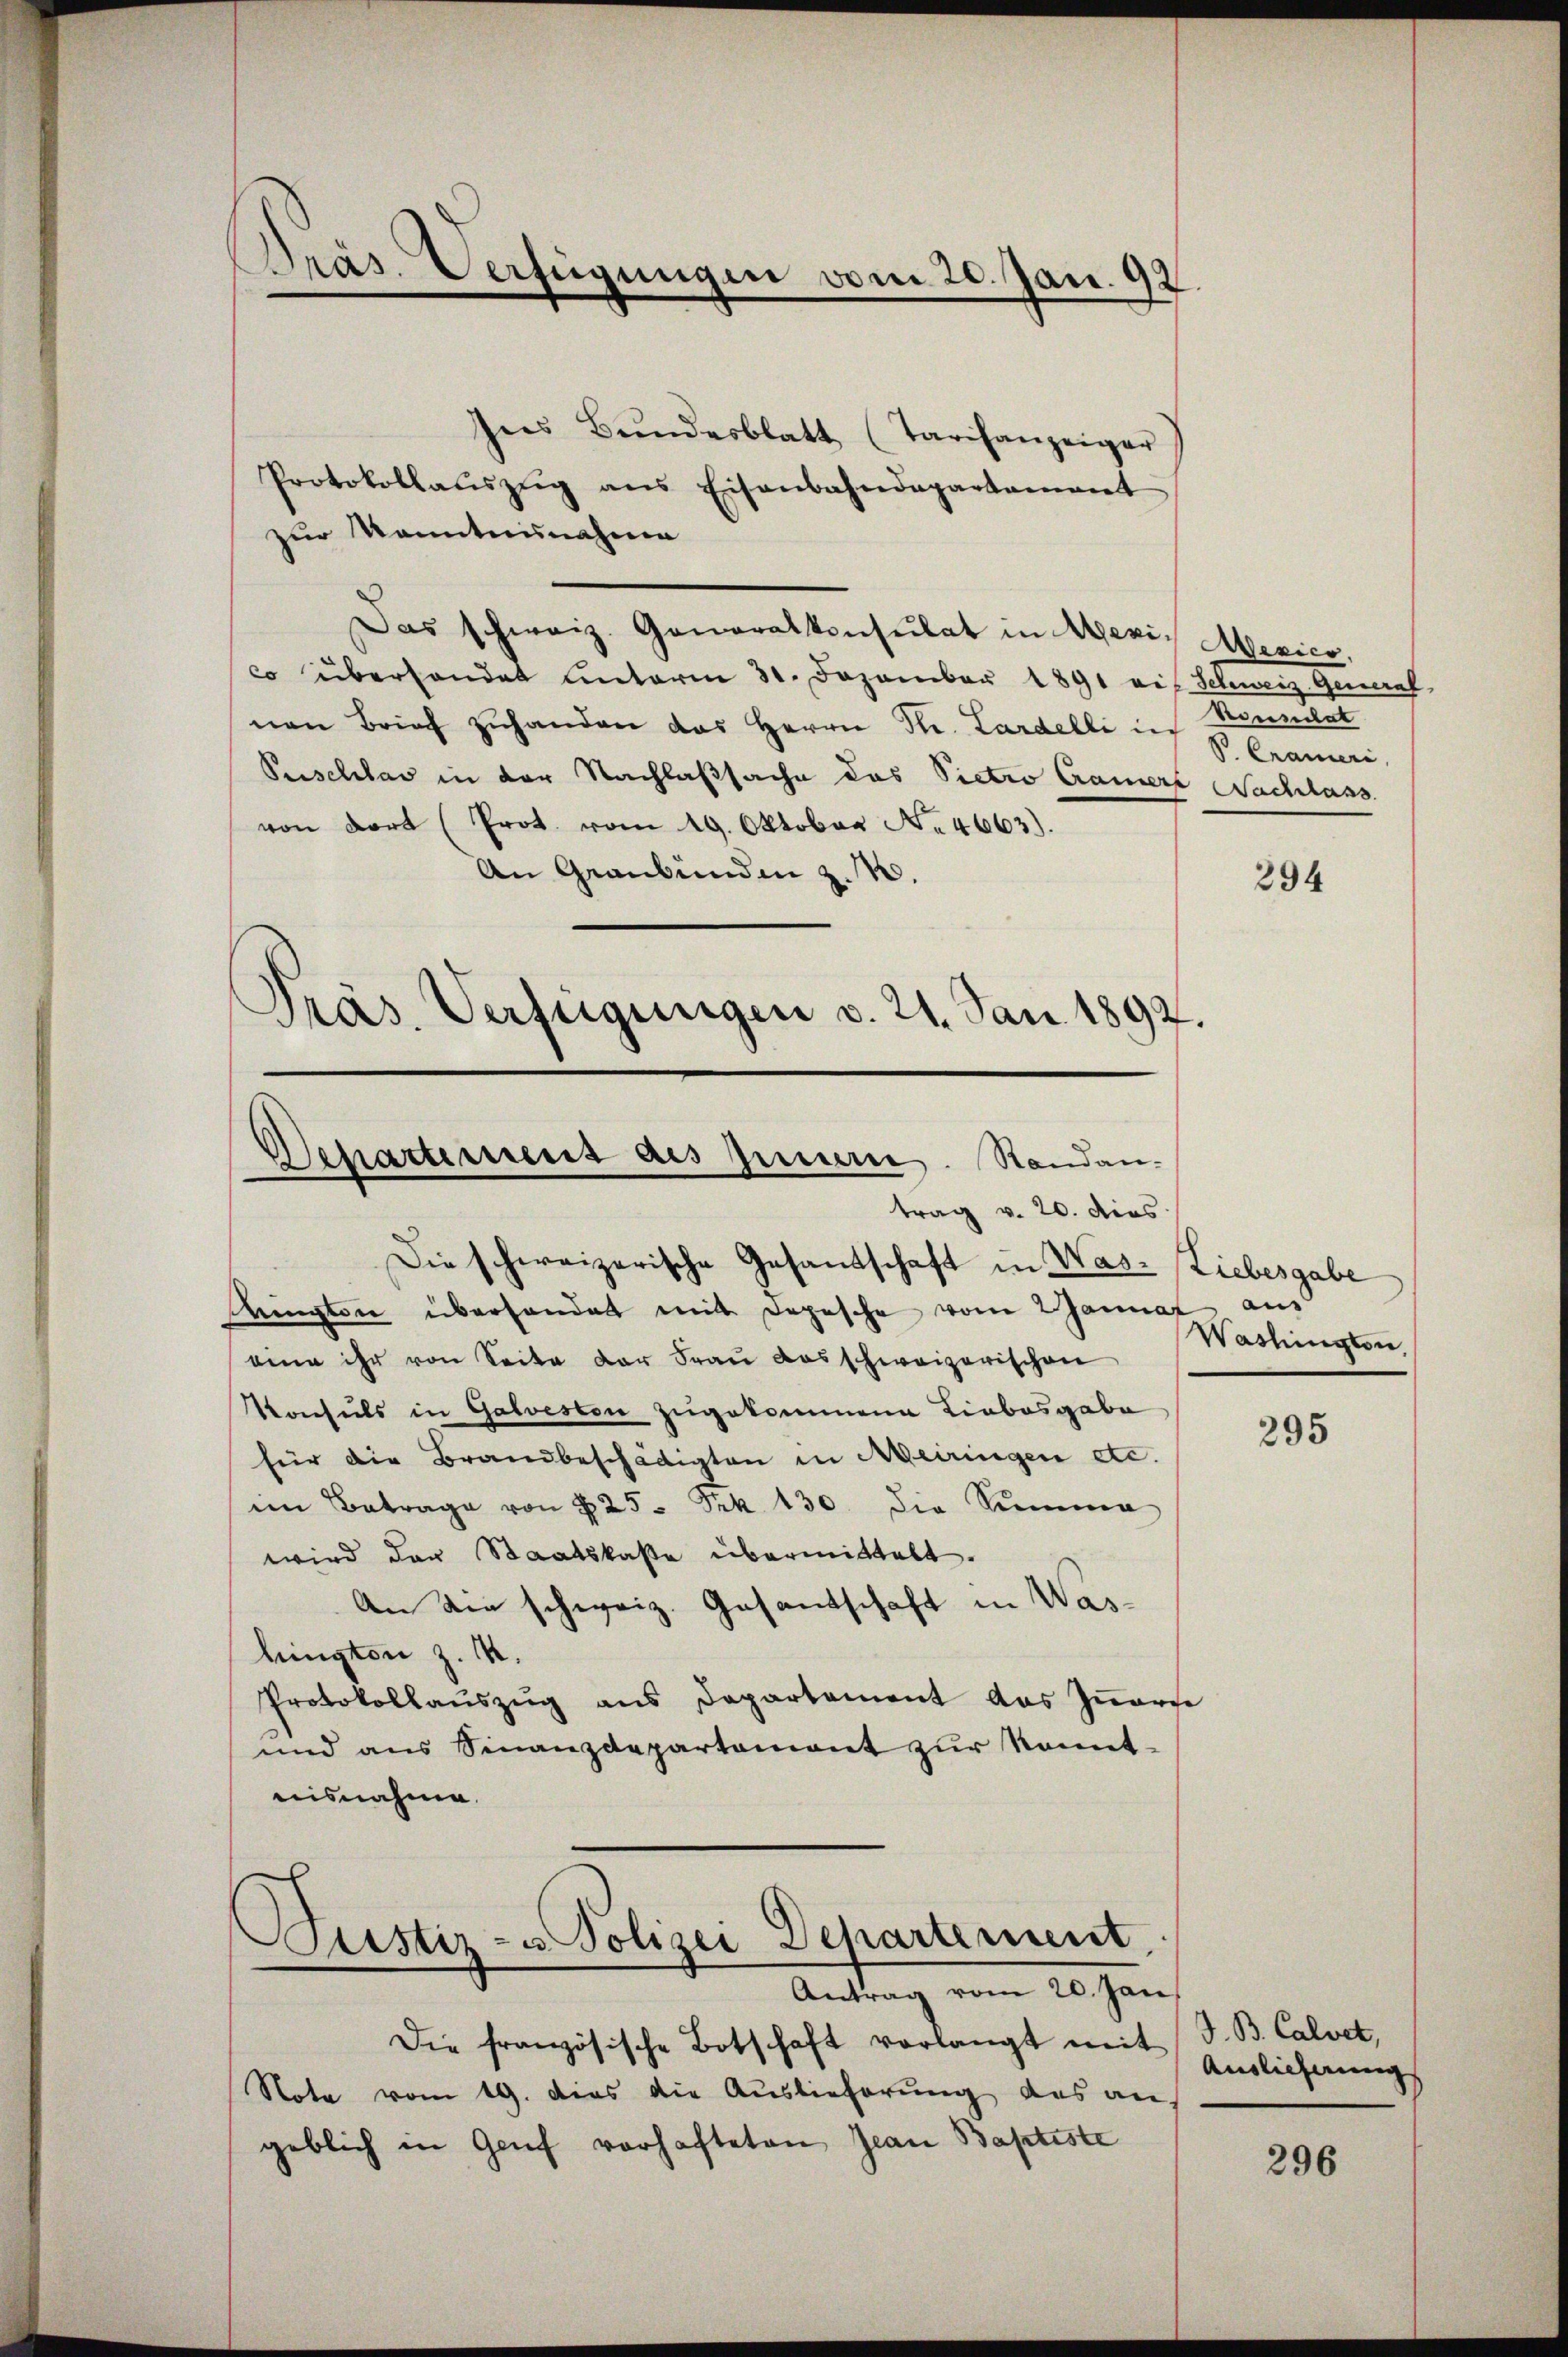
Präs. Verfügungen vom 20. Jan. 92

Ins Bŭndesblatt (Tarifanzeiger
Protokollaŭszŭg ans Eisenbahndepartament
zur Kenntnisnahme
Das schweiz. Generalkonsulat in Mezi- Mexico,
co überhandet unterm 31. Dezember 1891 vis. Schweiz. General
nen Brief zuhanden das Herrn Dr. Lardelli in Neumat
V. Crameri
Puschbar in der Nachlaßsache das Pietro Cramers Nachlass
von dort (Prot. vom 19. Oktober No. 4663).
An Graubünden z. B.
294
Präs. Verfügungen v. 21. Jan. 1892.

Departement als Innern. Randan-

Pustiz- u. Polizei Departement
Antrag vom 20. Jan

Die französische Botschaft verlangt mit
Nota vom 19. dies die Auslieferung das an
geblich in Genf vorhafteten Jean Baptiste

trag v. 20. dies
Die schweizerische Gesandschaft in Was- Liebesgabe
ampton überhandet mit Depesche vom Januar aus
eine ihr von Seite der Frau das schweizerischen
Konsuls in Galvesten zugekommene Liebesgabe
für die Brandbeschädigten in Meiringen etc.
im Betrage von 425. Frk. 130. die Summen
wird der Staatskasse übermittelt.
An die schweiz. Gesantschaft in Washingten z. 14.
Protokollaŭszŭg ans Departement des Iṅern
und aus Sinanzdepartement zur konnt-
nisnahme.

Washington,

295

J. B. Calvet,
Auslieferung

296